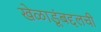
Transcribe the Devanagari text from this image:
खेळाडूंबद्दलची